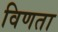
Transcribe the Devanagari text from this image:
विणता